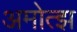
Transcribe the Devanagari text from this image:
अमोत्झ